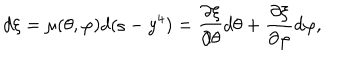
LaTeX: d \xi = \mu ( \theta , \varphi ) d ( \varsigma - y ^ { 4 } ) = \frac { \partial \xi } { \partial \theta } d \theta + \frac { \partial \xi } { \partial \varphi } d \varphi ,